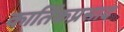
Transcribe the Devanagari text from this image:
कार्तिकप्रसाद